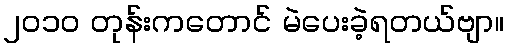
၂၀၁၀ တုန်းကတောင် မဲပေးခဲ့ရတယ်ဗျာ။